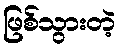
ဖြစ်သွားတဲ့